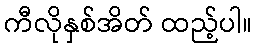
ကီလိုနှစ်အိတ် ထည့်ပါ။